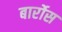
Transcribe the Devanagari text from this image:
बार्रोस